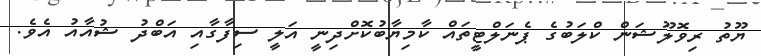
ޔޫތު ރިވޮލޫޝަން ކްލަބުގެ ޕެނަލްޓީތައް ކާމިޔާބުކޮށްދިނީ އަލީ ސިފާގާއި އަބްދު ޝުއާއު އެވެ.